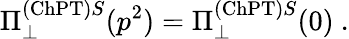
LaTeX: \Pi_{\perp}^{\mathrm{(ChPT)}S}(p^{2})=\Pi_{\perp}^{\mathrm{(ChPT)}S}(0)\ .